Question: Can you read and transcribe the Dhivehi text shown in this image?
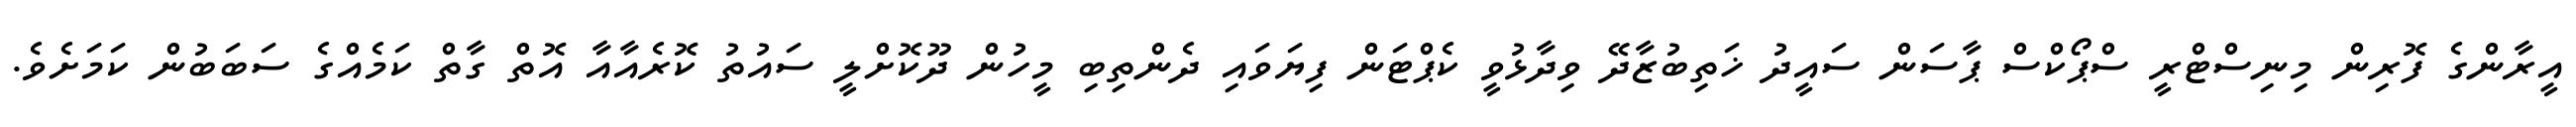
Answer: އީރާންގެ ފޮރިން މިނިސްޓްރީ ސްޕޯކްސް ޕާސަން ސައީދު ޚަތިބުޒާދޭ ވިދާޅުވީ ކެޕްޓަން ފިޔަވައި ދެންތިބި މީހުން ދޫކޮށްލީ ސައުތު ކޮރެއާއާ އޮތް ގާތް ކަމެއްގެ ސަބަބުން ކަމަށެވެ.